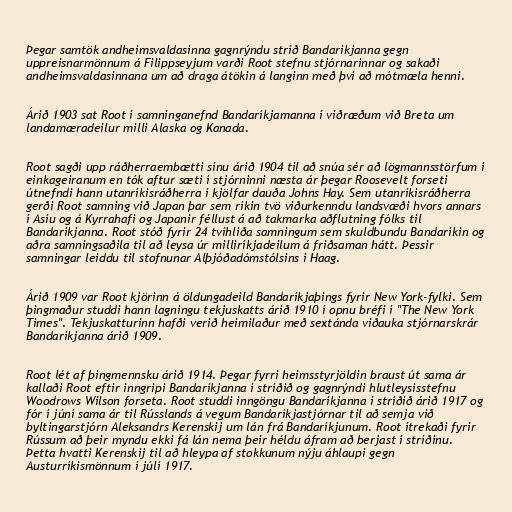
Þegar samtök andheimsvaldasinna gagnrýndu stríð Bandaríkjanna gegn
uppreisnarmönnum á Filippseyjum varði Root stefnu stjórnarinnar og sakaði
andheimsvaldasinnana um að draga átökin á langinn með því að mótmæla henni.

Árið 1903 sat Root í samninganefnd Bandaríkjamanna í viðræðum við Breta um
landamæradeilur milli Alaska og Kanada.

Root sagði upp ráðherraembætti sínu árið 1904 til að snúa sér að lögmannsstörfum í
einkageiranum en tók aftur sæti í stjórninni næsta ár þegar Roosevelt forseti
útnefndi hann utanríkisráðherra í kjölfar dauða Johns Hay. Sem utanríkisráðherra
gerði Root samning við Japan þar sem ríkin tvö viðurkenndu landsvæði hvors annars
í Asíu og á Kyrrahafi og Japanir féllust á að takmarka aðflutning fólks til
Bandaríkjanna. Root stóð fyrir 24 tvíhliða samningum sem skuldbundu Bandaríkin og
aðra samningsaðila til að leysa úr milliríkjadeilum á friðsaman hátt. Þessir
samningar leiddu til stofnunar Alþjóðadómstólsins í Haag.

Árið 1909 var Root kjörinn á öldungadeild Bandaríkjaþings fyrir New York-fylki. Sem
þingmaður studdi hann lagningu tekjuskatts árið 1910 í opnu bréfi í "The New York
Times". Tekjuskatturinn hafði verið heimilaður með sextánda viðauka stjórnarskrár
Bandaríkjanna árið 1909.

Root lét af þingmennsku árið 1914. Þegar fyrri heimsstyrjöldin braust út sama ár
kallaði Root eftir inngripi Bandaríkjanna í stríðið og gagnrýndi hlutleysisstefnu
Woodrows Wilson forseta. Root studdi inngöngu Bandaríkjanna í stríðið árið 1917 og
fór í júní sama ár til Rússlands á vegum Bandaríkjastjórnar til að semja við
byltingarstjórn Aleksandrs Kerenskij um lán frá Bandaríkjunum. Root ítrekaði fyrir
Rússum að þeir myndu ekki fá lán nema þeir héldu áfram að berjast í stríðinu.
Þetta hvatti Kerenskij til að hleypa af stokkunum nýju áhlaupi gegn
Austurríkismönnum í júlí 1917.